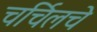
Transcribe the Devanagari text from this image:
चर्चिलचे